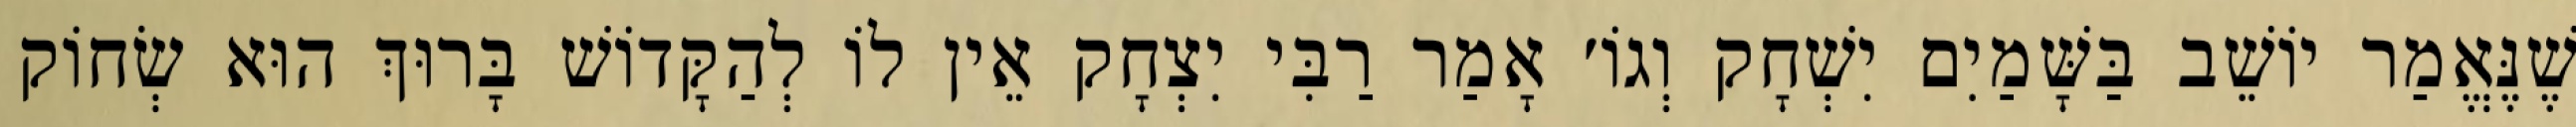
שֶׁנֶּאֱמַר יוֹשֵׁב בַּשָּׁמַיִם יִשְׁחָק וְגוֹ׳ אָמַר רַבִּי יִצְחָק אֵין לוֹ לְהַקָּדוֹשׁ בָּרוּךְ הוּא שְׂחוֹק